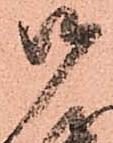
御